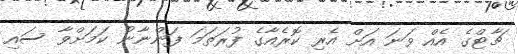
ޗާޓްގެ އެއް ވަނަ އަށް އެރި ކޮރެއާގެ ފުރަތަމަ ފަންނާނު ކަމަށްވާ ސައި